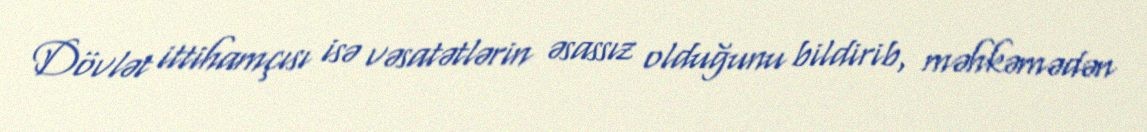
Dövlət ittihamçısı isə vəsatətlərin əsassız olduğunu bildirib, məhkəmədən